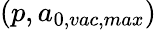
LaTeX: (p,a_{0,vac,max})